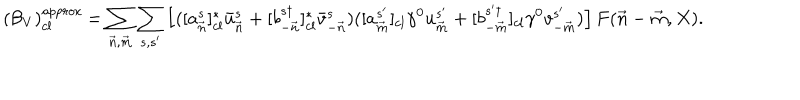
( { \cal B } _ { V } ) _ { c l } ^ { \it { a p p r o x } } = \sum _ { { \vec { n } } , { \vec { m } } } \sum _ { s , s ^ { \prime } } \left[ ( [ a _ { \vec { n } } ^ { s } ] _ { c l } ^ { * } \bar { u } _ { \vec { n } } ^ { s } + [ b _ { - { \vec { n } } } ^ { s \dagger } ] _ { c l } ^ { * } \bar { v } _ { - { \vec { n } } } ^ { s } ) ( [ a _ { \vec { m } } ^ { s ^ { \prime } } ] _ { c l } \gamma ^ { 0 } u _ { \vec { m } } ^ { s ^ { \prime } } + [ b _ { - { \vec { m } } } ^ { s ^ { \prime } \dagger } ] _ { c l } \gamma ^ { 0 } v _ { - { \vec { m } } } ^ { s ^ { \prime } } ) \right] F ( { \vec { n } } - { \vec { m } } , X ) .